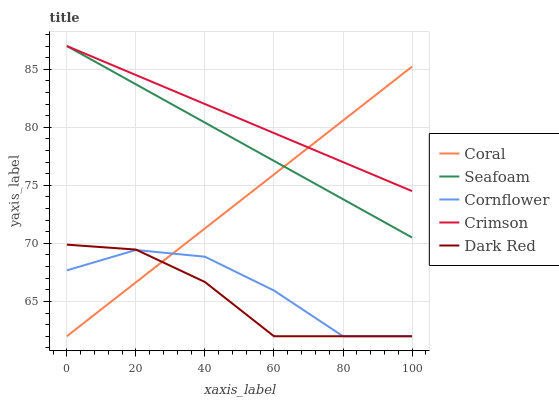
| xaxis_label | Coral | Seafoam | Cornflower | Crimson | Dark Red |
 | --- | --- | --- | --- | --- | --- |
 | 0 | 62 | 87 | 67.7 | 87 | 69.9 |
 | 20 | 66.6 | 83.7 | 69.4 | 84.5 | 69.5 |
 | 40 | 71.3 | 80.4 | 68.9 | 82 | 66.7 |
 | 60 | 75.9 | 77.1 | 65.9 | 79.5 | 62 |
 | 80 | 80.6 | 73.8 | 62 | 77 | 62 |
 | 100 | 85.2 | 70.5 | 62 | 74.5 | 62 |